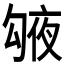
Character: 𠅱